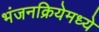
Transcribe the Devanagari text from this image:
भंजनक्रियेमध्ये